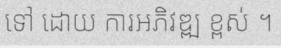
ទៅ ដោយ ការអភិវឌ្ឍ ខ្ពស់ ។